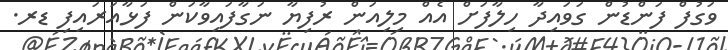
ވަގުފް ފަންޑުން ގަވައިދާ ހިލާފަށް އެއް މިލިއަން ރުފިޔާ ނަގާފައިވާކަން ފަޅާއަރައިފި ޑރ.